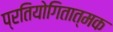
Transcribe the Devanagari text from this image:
प्रतियोगितात्मक